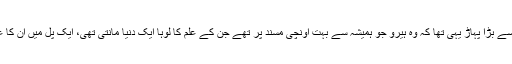
مجھے اپنے والد کے لیے سب سے زیادہ دکھ تھا سب سے بڑا پہاڑ یہی تھا کہ وہ ہیرو جو ہمیشہ سے بہت اونچی مسند پر تھے جن کے علم کا لوہا ایک دنیا مانتی تھی، ایک پل میں ان کا علم، وقار، قد و قامت سب کچھ کیسے زیرو ہوسکتا ہے۔